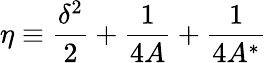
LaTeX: \eta\equiv\frac{\delta^{2}}{2}+\frac{1}{4A}+\frac{1}{4A^{*}}